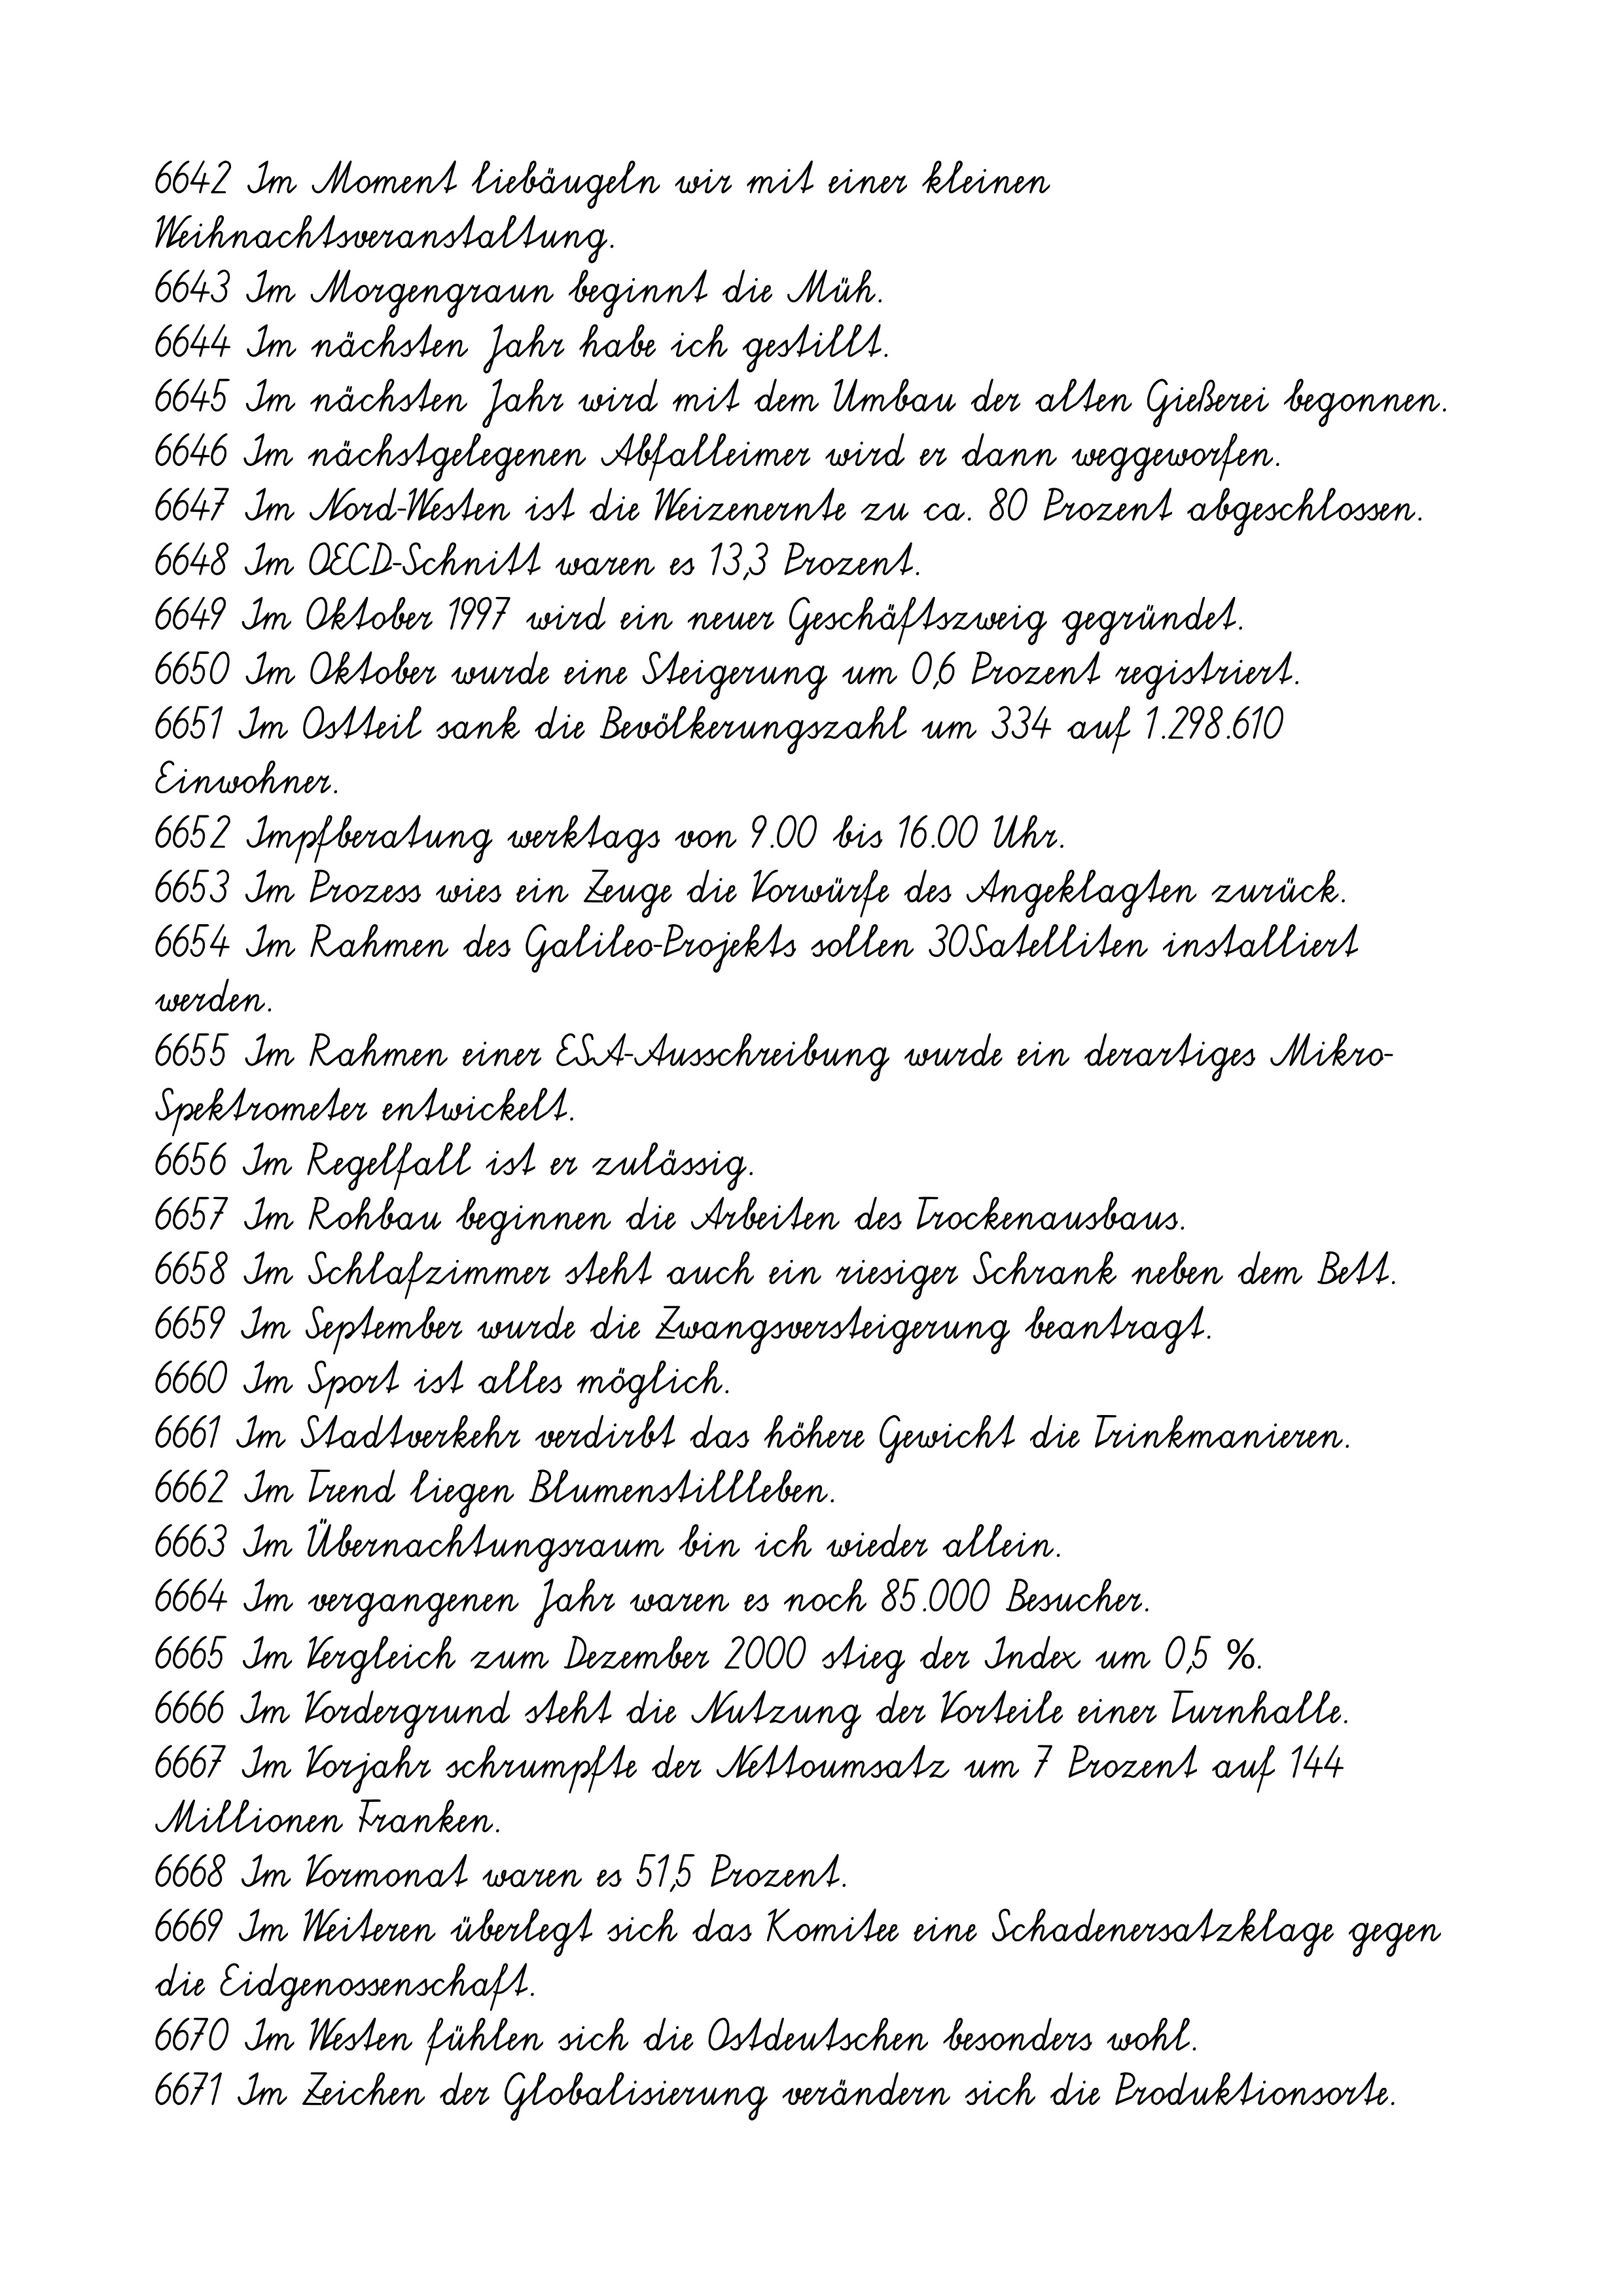
6642 Im Moment liebäugeln wir mit einer kleinen
Weihnachtsveranstaltung.
6643 Im Morgengraun beginnt die Müh.
6644 Im nächsten Jahr habe ich gestillt.
6645 Im nächsten Jahr wird mit dem Umbau der alten Gießerei begonnen.
6646 Im nächstgelegenen Abfalleimer wird er dann weggeworfen.
6647 Im Nord-Westen ist die Weizenernte zu ca. 80 Prozent abgeschlossen.
6648 Im OECD-Schnitt waren es 13,3 Prozent.
6649 Im Oktober 1997 wird ein neuer Geschäftszweig gegründet.
6650 Im Oktober wurde eine Steigerung um 0,6 Prozent registriert.
6651 Im Ostteil sank die Bevölkerungszahl um 334 auf 1.298.610
Einwohner.
6652 Impfberatung werktags von 9.00 bis 16.00 Uhr.
6653 Im Prozess wies ein Zeuge die Vorwürfe des Angeklagten zurück.
6654 Im Rahmen des Galileo-Projekts sollen 30Satelliten installiert
werden.
6655 Im Rahmen einer ESA-Ausschreibung wurde ein derartiges Mikro-
Spektrometer entwickelt.
6656 Im Regelfall ist er zulässig.
6657 Im Rohbau beginnen die Arbeiten des Trockenausbaus.
6658 Im Schlafzimmer steht auch ein riesiger Schrank neben dem Bett.
6659 Im September wurde die Zwangsversteigerung beantragt.
6660 Im Sport ist alles möglich.
6661 Im Stadtverkehr verdirbt das höhere Gewicht die Trinkmanieren.
6662 Im Trend liegen Blumenstillleben.
6663 Im Übernachtungsraum bin ich wieder allein.
6664 Im vergangenen Jahr waren es noch 85.000 Besucher.
6665 Im Vergleich zum Dezember 2000 stieg der Index um 0,5 %.
6666 Im Vordergrund steht die Nutzung der Vorteile einer Turnhalle.
6667 Im Vorjahr schrumpfte der Nettoumsatz um 7 Prozent auf 144
Millionen Franken.
6668 Im Vormonat waren es 51,5 Prozent.
6669 Im Weiteren überlegt sich das Komitee eine Schadenersatzklage gegen
die Eidgenossenschaft.
6670 Im Westen fühlen sich die Ostdeutschen besonders wohl.
6671 Im Zeichen der Globalisierung verändern sich die Produktionsorte.